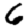
Digit: 6